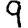
Digit: 9